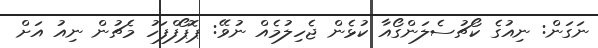
ނަގަން: ނިއުގެ ކޯޗުސެލަންގޯއާ ކުޅެން ޖެހިލުމެއް ނުވޭ: ޕޮޕޯފްފަހު މެޗުން ނިއު އަށް